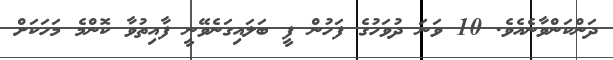
ދަންކަންވާނެއެވެ. 10 ވަނަ ދުވަހުގެ ފަހުން ފީ ބަލައިގަނެވޭނީ ފާއިތުވާ ކޮންމެ މަހަކަށް